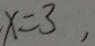
x = 3 ,